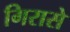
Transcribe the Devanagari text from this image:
गिरासे